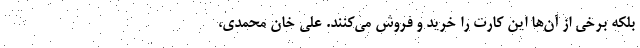
بلکه برخی از آن‌ها این کارت را خرید و فروش می‌کنند. علی خان محمدی،